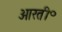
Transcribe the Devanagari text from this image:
आरती॰